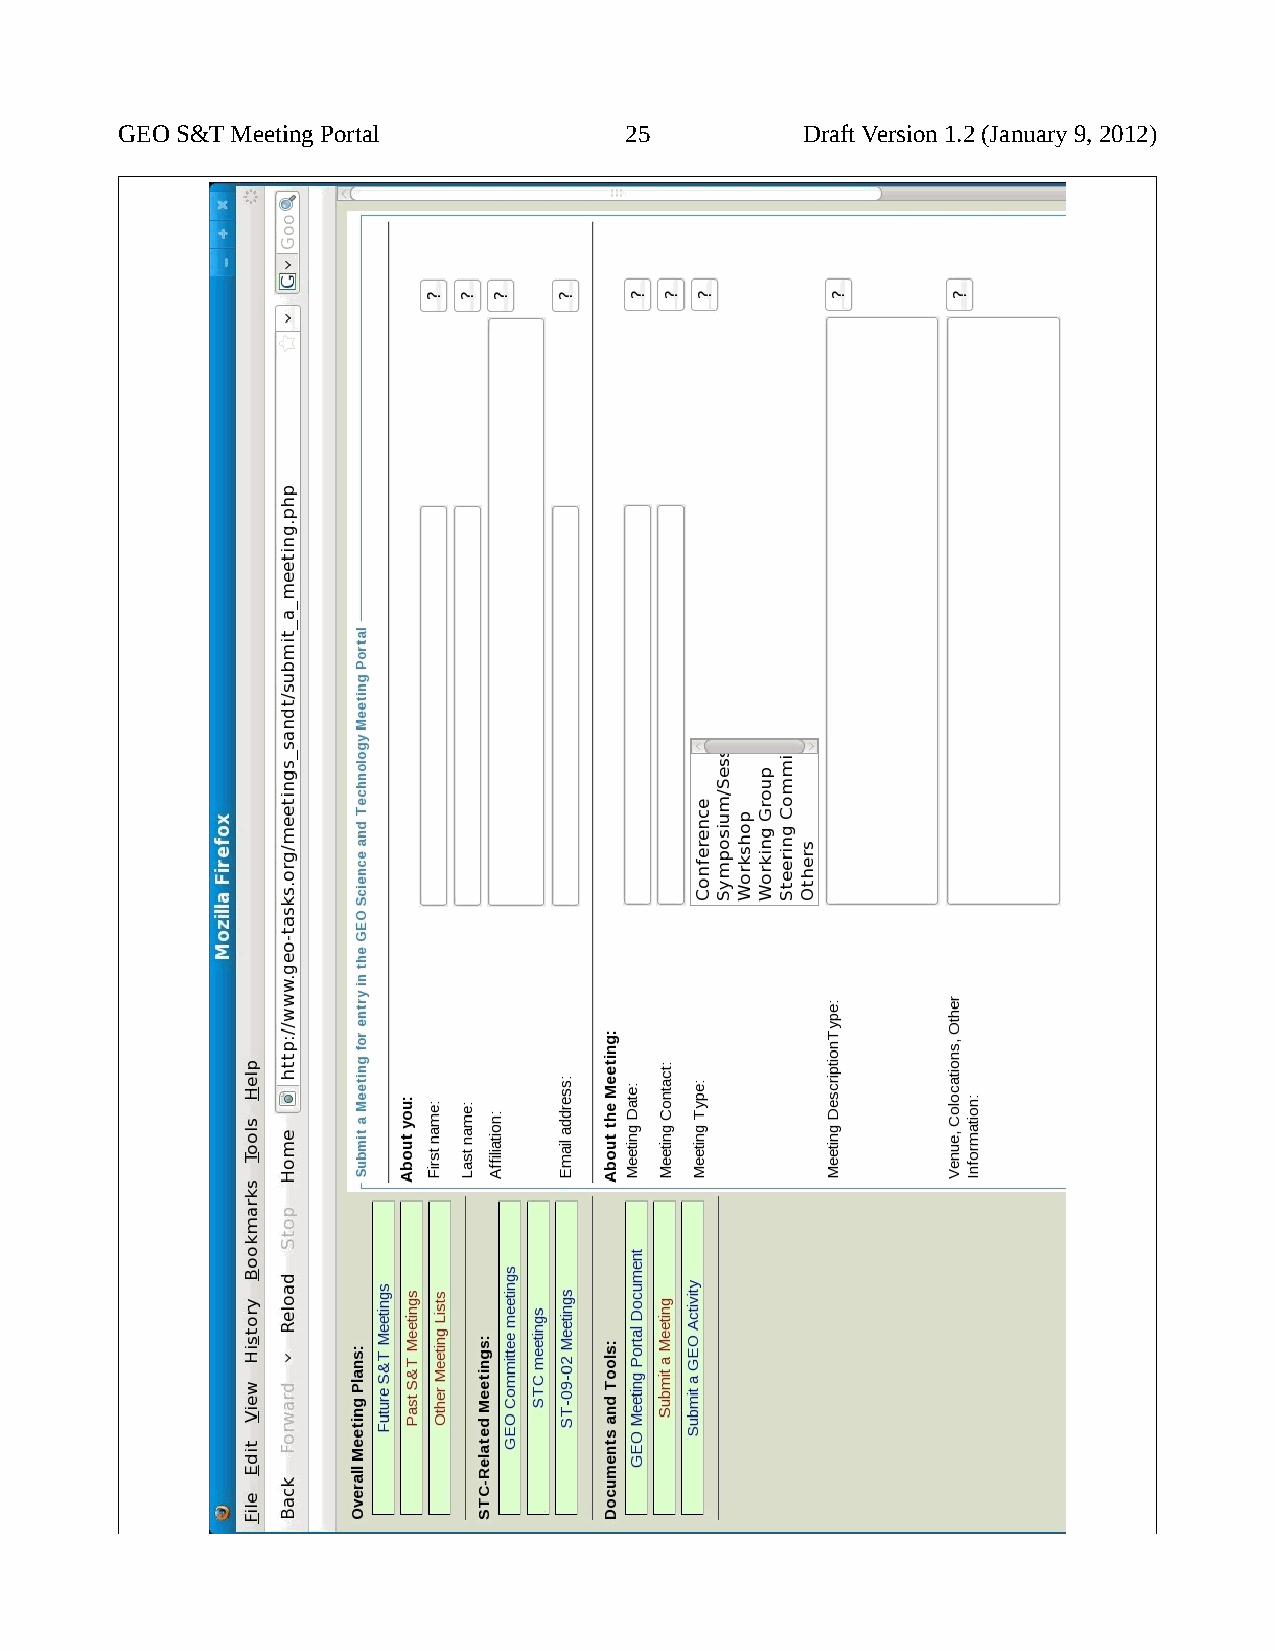
GEO S&T Meeting Portal           25          Draft Version 1.2 (January 9, 2012)